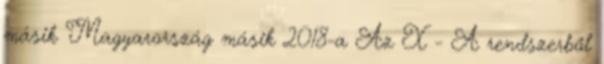
másik Magyarország másik 2018-a Az X - A rendszerből